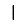
Digit: 1